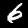
Label: 6